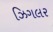
ઝિગલર